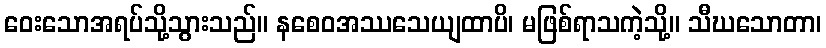
ဝေးသောအရပ်သို့သွားသည်။ နစေဝအဿသေယျထာပိ၊ မဖြစ်ရာသကဲ့သို့။ သီဃသောတာ၊